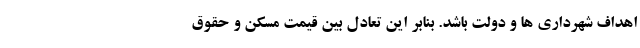
اهداف شهرداری ها و دولت باشد. بنابر این تعادل بین قیمت مسکن و حقوق